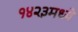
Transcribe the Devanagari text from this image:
१४२३मध्ये